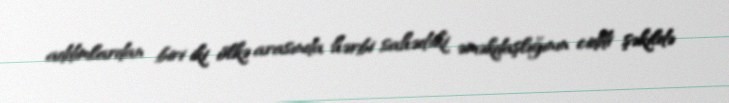
addımlardan biri iki ölkə arasında hərbi sahədəki əməkdaşlığının ciddi şəkildə